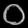
Digit: ၀